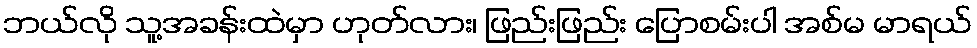
ဘယ်လို သူ့အခန်းထဲမှာ ဟုတ်လား၊ ဖြည်းဖြည်း ပြောစမ်းပါ အစ်မ မာရယ်